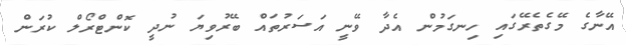
އޭނާގެ މޭގެތެރޭގައި ހިނގަމުން އެދާ ވޭނީ އަސަރުތައް ބޭރުވިޔަ ނުދީ ކޮންޓްރޯލް ކުރަން